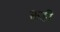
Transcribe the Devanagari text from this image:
कडीं